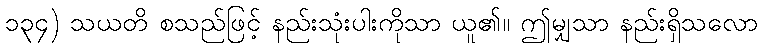
၁၃၄) သယတိ စသည်ဖြင့် နည်းသုံးပါးကိုသာ ယူ၏။ ဤမျှသာ နည်းရှိသလော